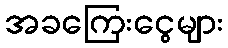
အခကြေးငွေများ